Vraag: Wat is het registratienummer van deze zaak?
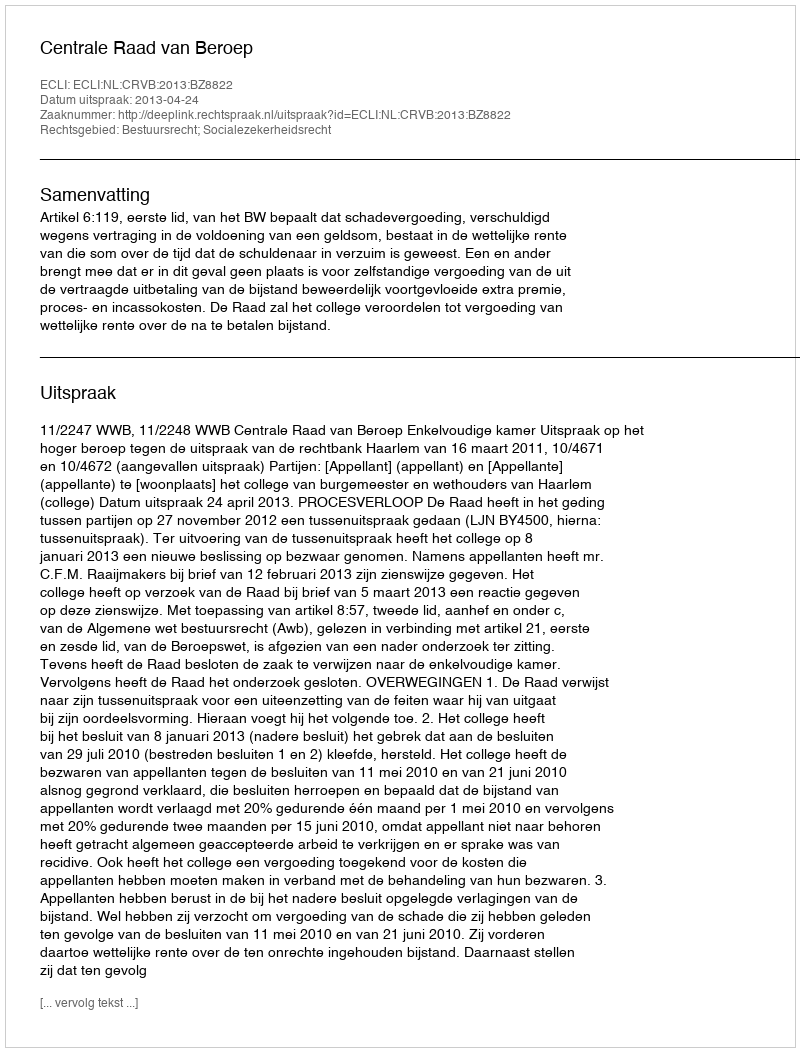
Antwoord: http://deeplink.rechtspraak.nl/uitspraak?id=ECLI:NL:CRVB:2013:BZ8822